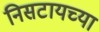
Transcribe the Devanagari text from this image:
निसटायच्या